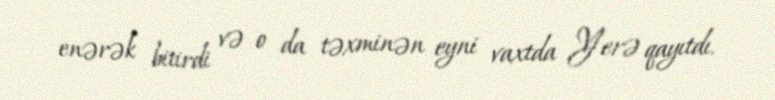
enərək bitirdi və o da təxminən eyni vaxtda Yerə qayıtdı.